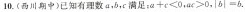
10.(西川期中)已知有理数a，b，c满足；$$a + c < 0$$，$$a c > 0$$，$$| b | = b$$.